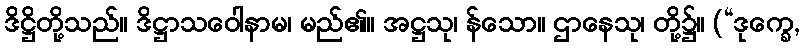
ဒိဋ္ဌိတို့သည်။ ဒိဋ္ဌာသဝေါနာမ၊ မည်၏။ အဋ္ဌသု၊ န်သော။ ဌာနေသု၊ တို့၌။ (“ဒုက္ခေ,